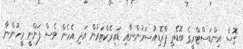
ގޮސް އިންޑަސްޓްރީގެ ބޮޑެތި ޕްރޮޑިއުސަރުންނާއި ޑައިރެކްޓަރުން އަދި އެހެން ވެސް ފަންނީ މީހުންނާ